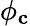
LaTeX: \phi_{\mathbf{c}}